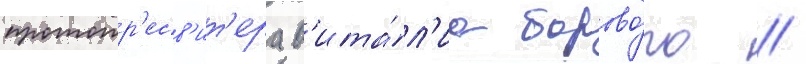
протопр'есв'ит'ера в'ита́л'иа борово́го /